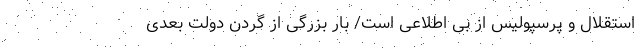
استقلال و پرسپولیس از بی اطلاعی است/ بار بزرگی از گردن دولت بعدی